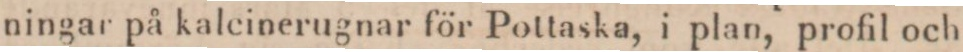
ningar på kalcinerugnar för Pottaska, i plan, profil och